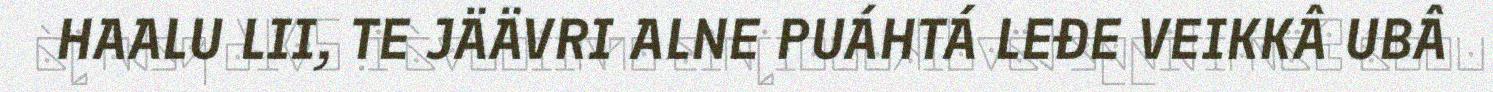
HAALU LII, TE JÄÄVRI ALNE PUÁHTÁ LEĐE VEIKKÂ UBÂ